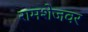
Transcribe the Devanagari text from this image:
रामशेजवर